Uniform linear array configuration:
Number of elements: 32
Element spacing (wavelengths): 0.75
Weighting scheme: cosine
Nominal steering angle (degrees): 45
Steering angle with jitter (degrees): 46.917
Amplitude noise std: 0.05
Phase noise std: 0.05

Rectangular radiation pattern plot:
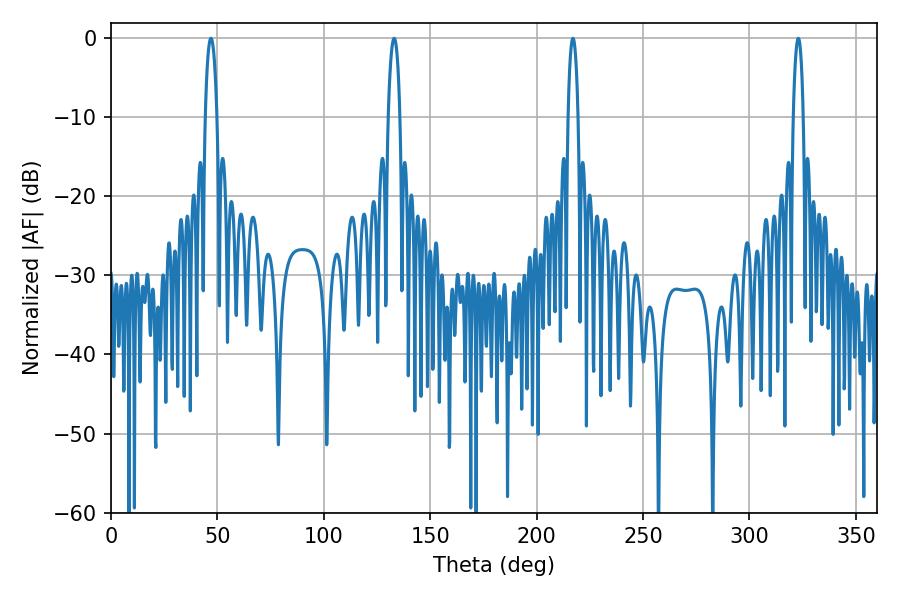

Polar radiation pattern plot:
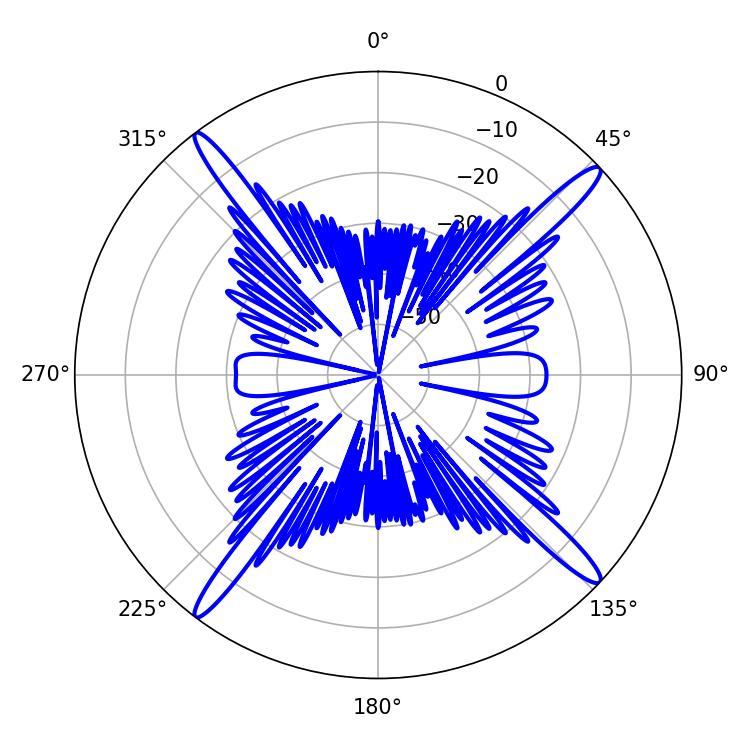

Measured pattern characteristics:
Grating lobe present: TRUE
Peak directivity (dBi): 18.701
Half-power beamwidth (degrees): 3.24
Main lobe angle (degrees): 46.98